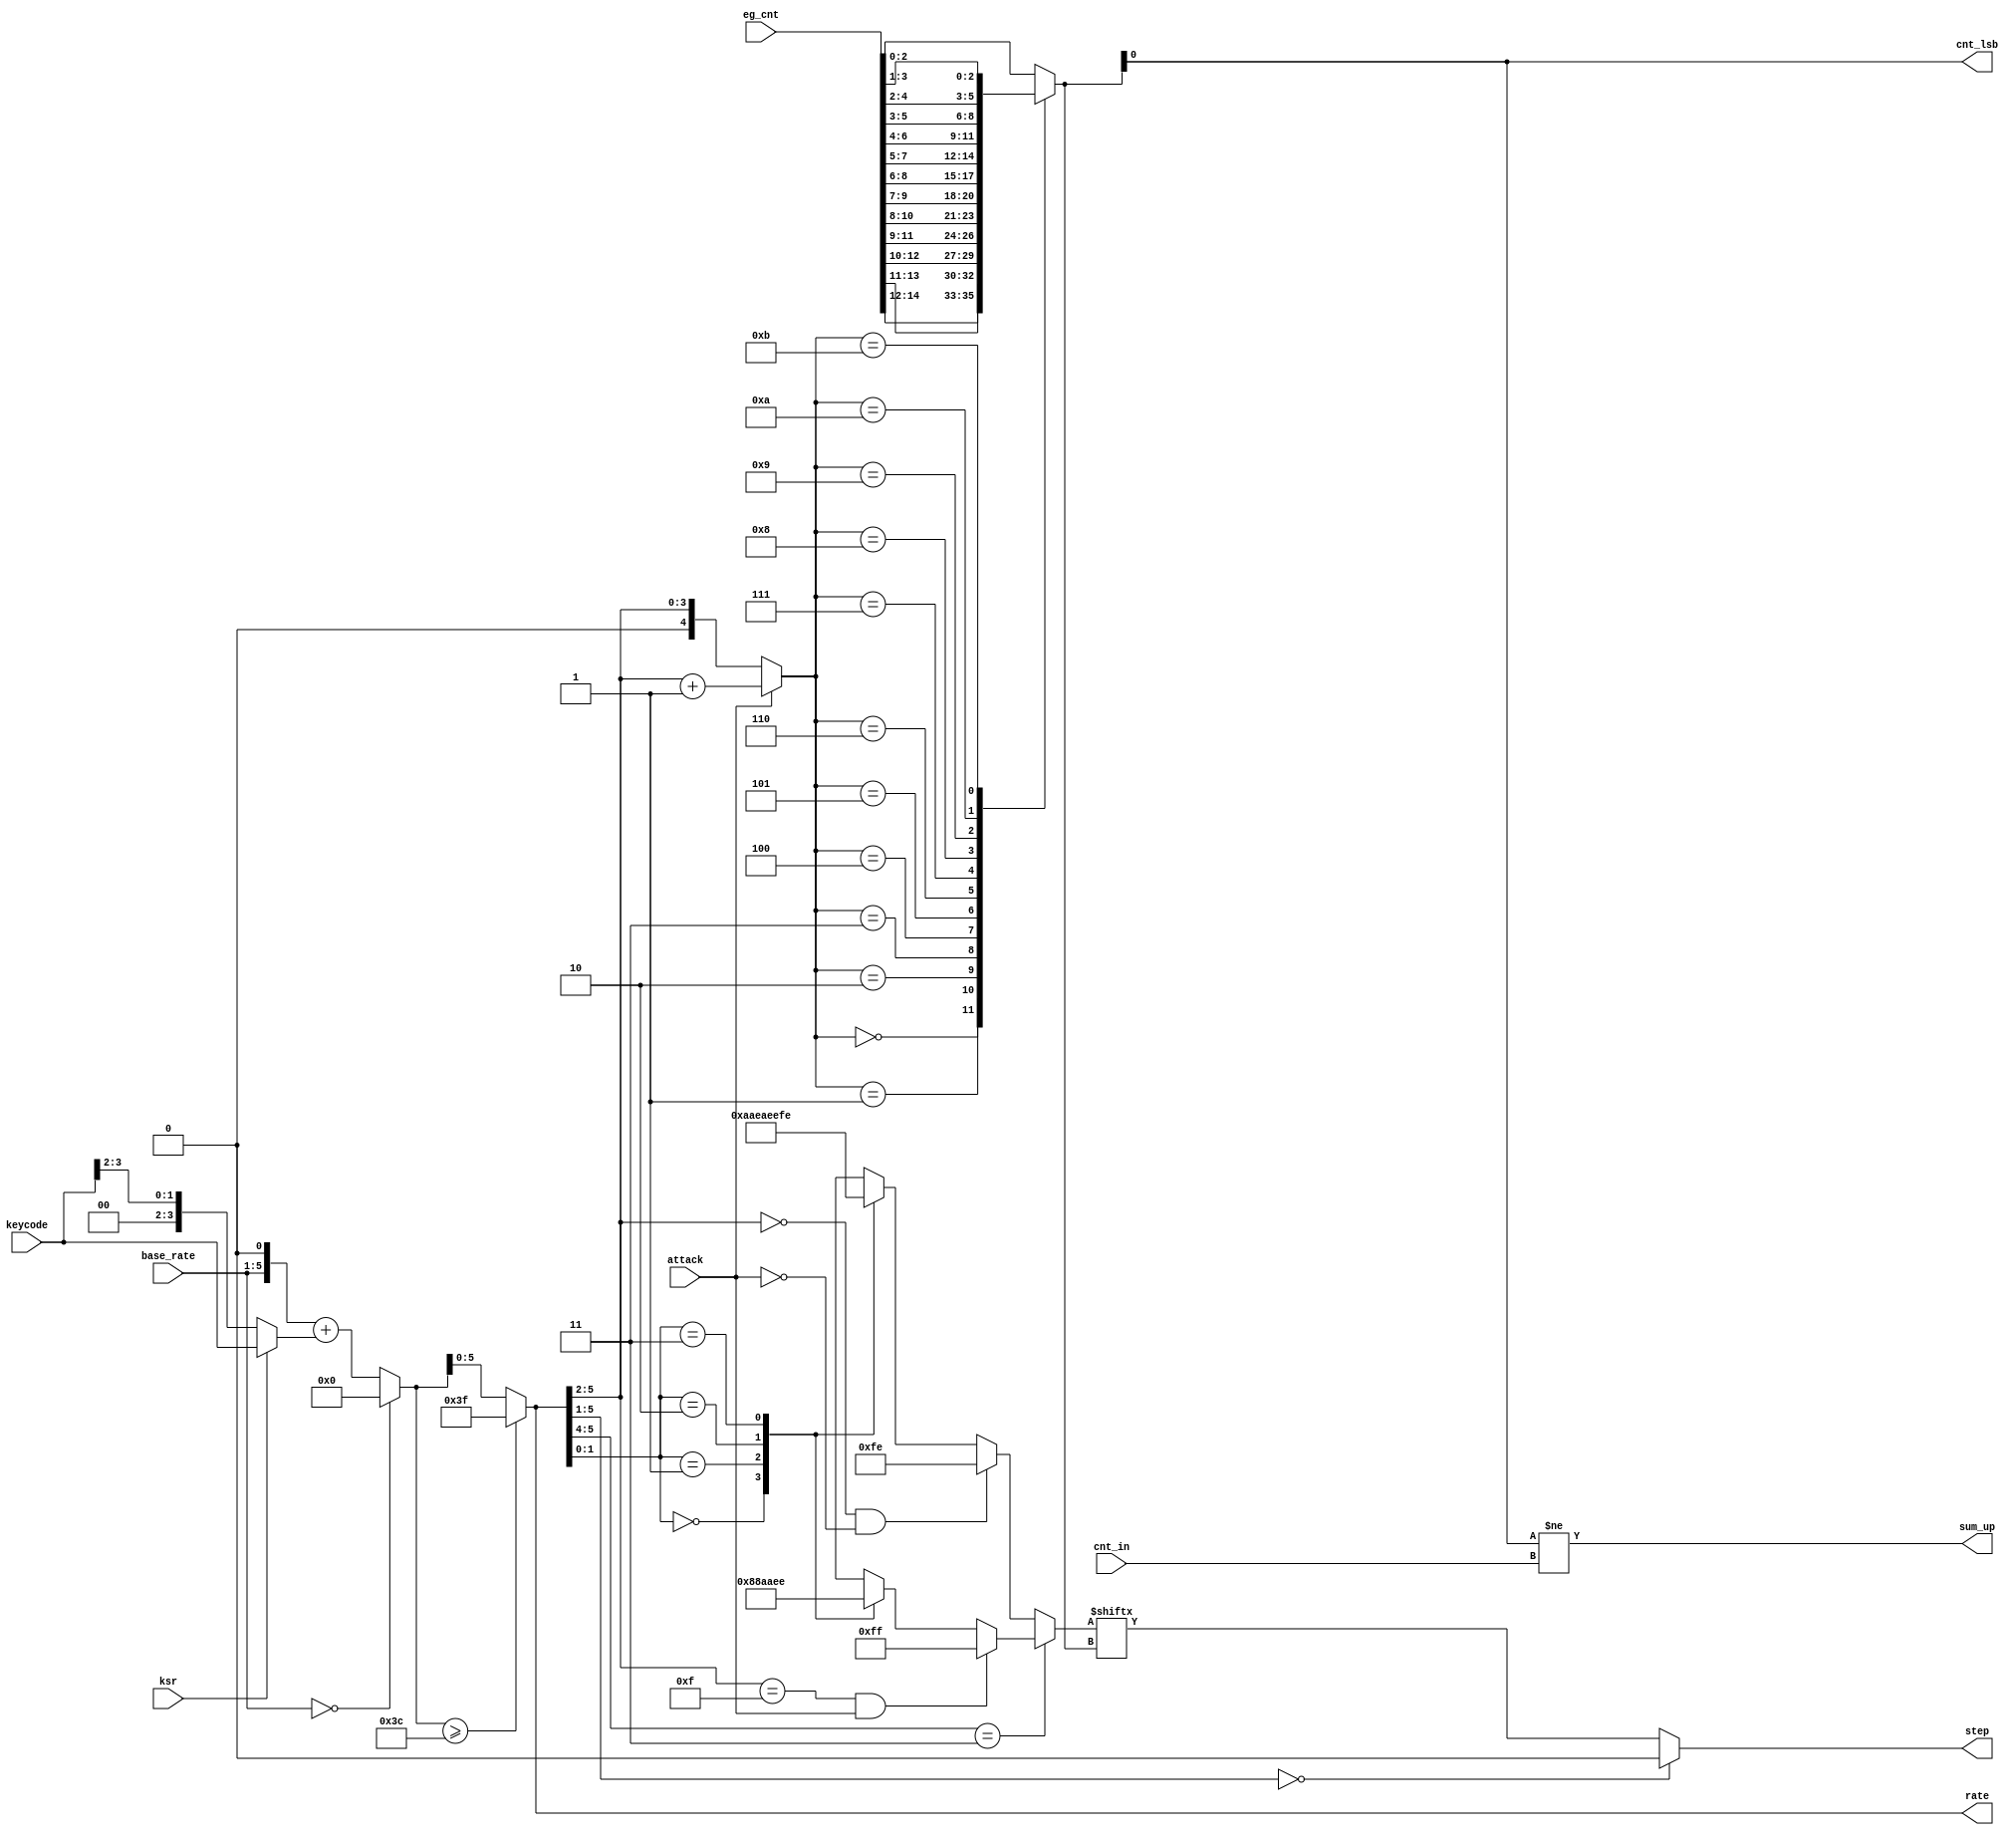
/*  This file is part of JTOPL.

    JTOPL is free software: you can redistribute it and/or modify
    it under the terms of the GNU General Public License as published by
    the Free Software Foundation, either version 3 of the License, or
    (at your option) any later version.

    JTOPL is distributed in the hope that it will be useful,
    but WITHOUT ANY WARRANTY; without even the implied warranty of
    MERCHANTABILITY or FITNESS FOR A PARTICULAR PURPOSE.  See the
    GNU General Public License for more details.

    You should have received a copy of the GNU General Public License
    along with JTOPL.  If not, see <http://www.gnu.org/licenses/>.

    Author: Jose Tejada Gomez. Twitter: @topapate
    Version: 1.0
    Date: 17-6-2020

    */

module jtopl_eg_step(
    input  wire           attack,
    input  wire    [ 4:0] base_rate,
    input  wire    [ 3:0] keycode,
    input  wire    [14:0] eg_cnt,
    input  wire           cnt_in,
    input  wire           ksr,
    output wire           cnt_lsb,
    output reg        step,
    output reg [ 5:0] rate,
    output reg        sum_up
);

reg  [6:0]   pre_rate;

always @(*) begin : pre_rate_calc
    if( base_rate == 5'd0 )
        pre_rate = 7'd0;
    else
        pre_rate = { 1'b0, base_rate, 1'b0 } + (ksr ?
                { 3'b0, keycode      }:
                { 5'b0, keycode[3:2] });
end

always @(*)
    rate = pre_rate>=7'b1111_00 ? 6'b1111_11 : pre_rate[5:0];

reg [2:0] cnt;

reg [4:0] mux_sel;
always @(*) begin
    mux_sel = attack ? (rate[5:2]+4'd1): {1'b0,rate[5:2]};
end

always @(*) 
    case( mux_sel )
        5'h0:    cnt = eg_cnt[14:12];
        5'h1:    cnt = eg_cnt[13:11];
        5'h2:    cnt = eg_cnt[12:10];
        5'h3:    cnt = eg_cnt[11: 9];
        5'h4:    cnt = eg_cnt[10: 8];
        5'h5:    cnt = eg_cnt[ 9: 7];
        5'h6:    cnt = eg_cnt[ 8: 6];
        5'h7:    cnt = eg_cnt[ 7: 5];
        5'h8:    cnt = eg_cnt[ 6: 4];
        5'h9:    cnt = eg_cnt[ 5: 3];
        5'ha:    cnt = eg_cnt[ 4: 2];
        5'hb:    cnt = eg_cnt[ 3: 1];
        default: cnt = eg_cnt[ 2: 0];
    endcase

////////////////////////////////
reg [7:0] step_idx;

always @(*) begin : rate_step
    if( rate[5:4]==2'b11 ) begin // 0 means 1x, 1 means 2x
        if( rate[5:2]==4'hf && attack)
            step_idx = 8'b11111111; // Maximum attack speed, rates 60&61
        else
        case( rate[1:0] )
            2'd0: step_idx = 8'b00000000;
            2'd1: step_idx = 8'b10001000; // 2
            2'd2: step_idx = 8'b10101010; // 4
            2'd3: step_idx = 8'b11101110; // 6
        endcase
    end
    else begin
        if( rate[5:2]==4'd0 && !attack)
            step_idx = 8'b11111110; // limit slowest decay rate
        else
        case( rate[1:0] )
            2'd0: step_idx = 8'b10101010; // 4
            2'd1: step_idx = 8'b11101010; // 5
            2'd2: step_idx = 8'b11101110; // 6
            2'd3: step_idx = 8'b11111110; // 7
        endcase
    end
    // a rate of zero keeps the level still
    step = rate[5:1]==5'd0 ? 1'b0 : step_idx[ cnt ];
end

assign cnt_lsb = cnt[0];
always @(*) begin
    sum_up = cnt[0] != cnt_in;
end

endmodule // eg_step